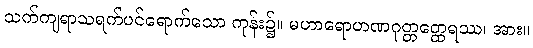
သက်ကျရာသရက်ပင်ရောက်သော ကုန်း၌။ မဟာရောဟဏဂုတ္တတ္ထေရဿ၊ အား။